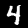
Digit: 4